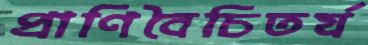
প্রাণিবৈচিতর্য